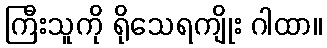
ကြီးသူကို ရိုသေရကျိုး ဂါထာ။